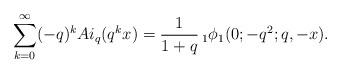
LaTeX: \begin{align*} \sum_{k=0}^{\infty} (-q)^k Ai_q(q^kx) = \frac{1}{1+q}\,_1\phi_1 (0;-q^2;q,-x). \end{align*}